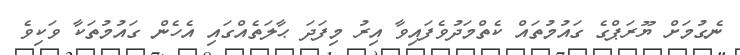
ނެގުމަށް ޔޫރަޕްގެ ގައުމުތައް ކެތްމަދުވެފައިވާ އިރު މިފަދަ ޙާލަތެއްގައި އެެހެން ގައުމުތަކާ ވަކިވެ